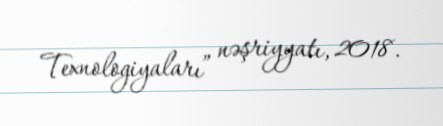
Texnologiyaları” nəşriyyatı, 2018.